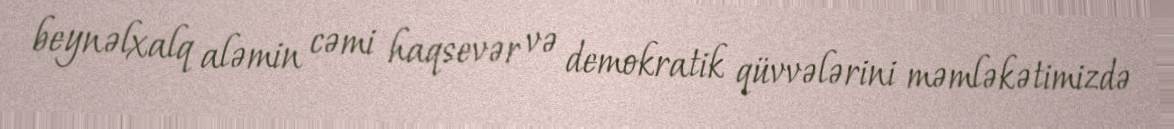
beynəlxalq aləmin cəmi haqsevər və demokratik qüvvələrini məmləkətimizdə